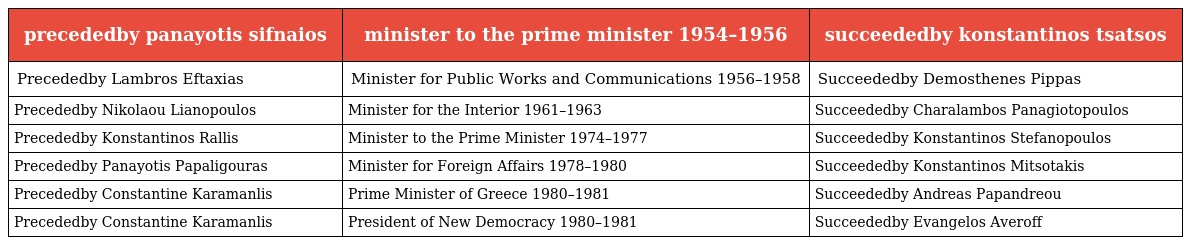
| precededby panayotis sifnaios | minister to the prime minister 1954–1956 | succeededby konstantinos tsatsos |
 | --- | --- | --- |
 | Precededby Lambros Eftaxias | Minister for Public Works and Communications 1956–1958 | Succeededby Demosthenes Pippas |
 | Precededby Nikolaou Lianopoulos | Minister for the Interior 1961–1963 | Succeededby Charalambos Panagiotopoulos |
 | Precededby Konstantinos Rallis | Minister to the Prime Minister 1974–1977 | Succeededby Konstantinos Stefanopoulos |
 | Precededby Panayotis Papaligouras | Minister for Foreign Affairs 1978–1980 | Succeededby Konstantinos Mitsotakis |
 | Precededby Constantine Karamanlis | Prime Minister of Greece 1980–1981 | Succeededby Andreas Papandreou |
 | Precededby Constantine Karamanlis | President of New Democracy 1980–1981 | Succeededby Evangelos Averoff |